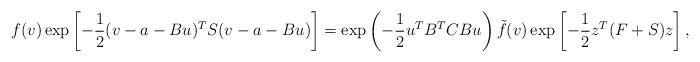
LaTeX: \begin{align*}f(v)\exp\left[-\frac{1}{2}(v-a-Bu)^{T}S(v-a-Bu)\right]=\exp\left(-\frac{1}{2}u^{T}B^{T}CBu\right)\tilde{f}(v)\exp\left[-\frac{1}{2}z^{T}(F+S)z\right],\end{align*}